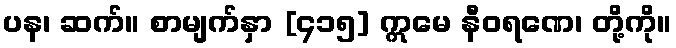
ပန၊ ဆက်။ စာမျက်နှာ [၄၁၅] ဣမေ နီဝရဏေ၊ တို့ကို။